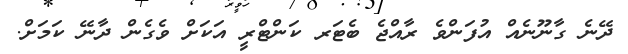
ދޭނެ ގާނޫނެއް އުފަންވެ ރާއްޖެ ބެޓަރ ކަންޓްރީ އަކަށް ވެގެން ދާނޭ ކަމަށް.